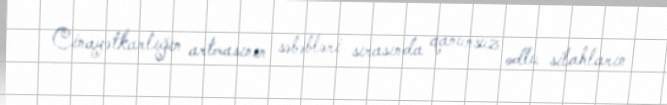
Cinayətkarlığın artmasının səbəbləri sırasında qanunsuz odlu silahların